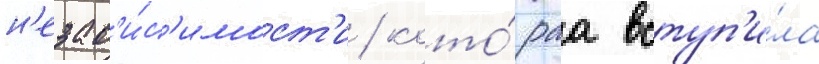
н'езав'и́с'имост'и / кото́раа вступ'и́ла